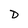
Character: D